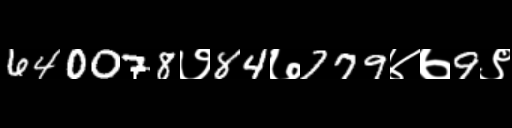
Text: 640078७84७779४७9९